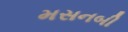
મસનબી